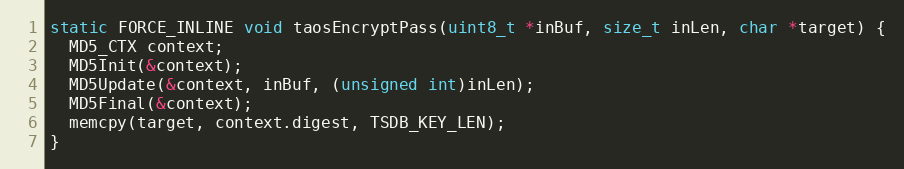
Language: C
static FORCE_INLINE void taosEncryptPass(uint8_t *inBuf, size_t inLen, char *target) {
  MD5_CTX context;
  MD5Init(&context);
  MD5Update(&context, inBuf, (unsigned int)inLen);
  MD5Final(&context);
  memcpy(target, context.digest, TSDB_KEY_LEN);
}